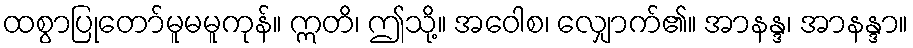
ထစွာပြုတော်မူမမူကုန်။ ဣတိ၊ ဤသို့။ အဝေါစ၊ လျှောက်၏။ အာနန္ဒ၊ အာနန္ဒာ။